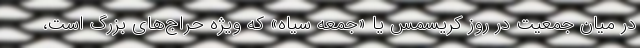
در میان جمعیت در روز کریسمس یا «جمعه سیاه» که ویژه حراج‌های بزرگ است،